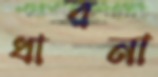
ধারনা